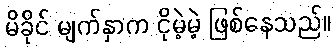
မိခိုင် မျက်နှာက ငိုမဲ့မဲ့ ဖြစ်နေသည်။